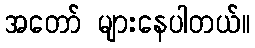
အတော် များနေပါတယ်။